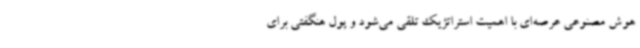
هوش مصنوعی عرصه‌ای با اهمیت استراتژیک تلقی می‌شود و پول هنگفتی برای